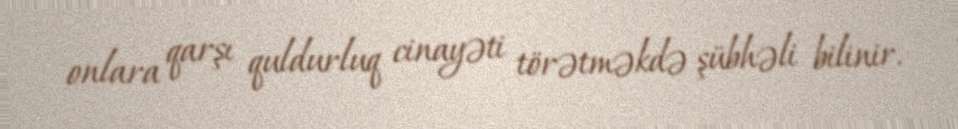
onlara qarşı quldurluq cinayəti törətməkdə şübhəli bilinir.